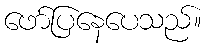
ဖော်ပြနေပေသည်။